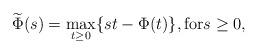
LaTeX: \begin{align*}\widetilde{\Phi}(s) = \max_{t\geq 0}\{ st - \Phi(t)\}, \mbox{for} s\geq0,\end{align*}